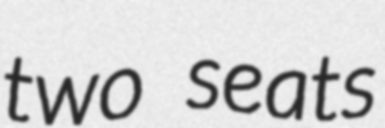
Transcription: two seats